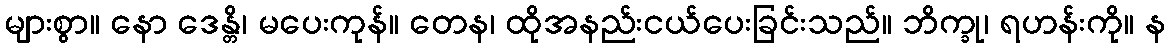
များစွာ။ နော ဒေန္တိ၊ မပေးကုန်။ တေန၊ ထိုအနည်းငယ်ပေးခြင်းသည်။ ဘိက္ခု၊ ရဟန်းကို။ န